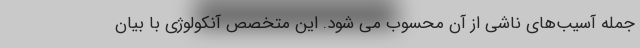
جمله آسیب‌های ناشی از آن محسوب می شود. این متخصص آنکولوژی با بیان